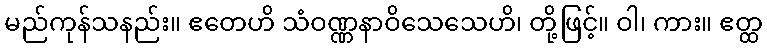
မည်ကုန်သနည်း။ ဧတေဟိ သံဝဏ္ဏနာဝိသေသေဟိ၊ တို့ဖြင့်။ ဝါ၊ ကား။ ဧတ္ထ